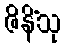
ဇိနိံသု